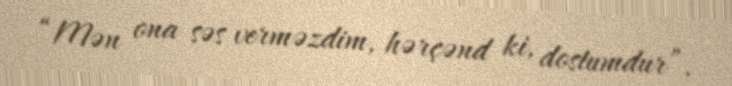
“Mən ona səs verməzdim, hərçənd ki, dostumdur”.